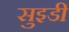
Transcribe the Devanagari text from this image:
सुइडी